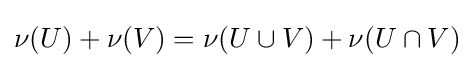
\nu (U)+\nu (V)=\nu (U\cup V)+\nu (U\cap V)